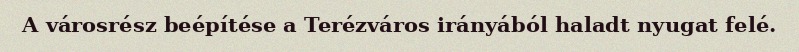
A városrész beépítése a Terézváros irányából haladt nyugat felé.